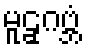
မူဠှဂဗ္ဘံ